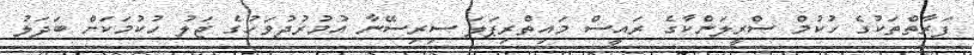
ފަރާތްތަކުގެ ހުކުމް ސްރީލަންކާގެ ރައީސް މައިތްރިޕަލަ ސިރިސޭނާ އުމުރުދުވަހުގެ ޖަލު ހުކުމަކަށް ބަދަލު